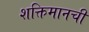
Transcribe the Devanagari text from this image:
शक्तिमानची